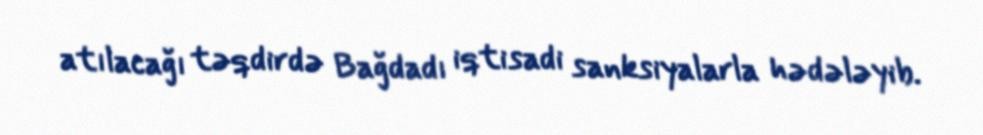
atılacağı təqdirdə Bağdadı iqtisadi sanksiyalarla hədələyib.